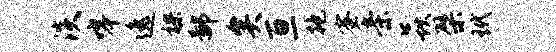
淡嗥逸裸鄙矣亘抱蜜亲焱檗玳